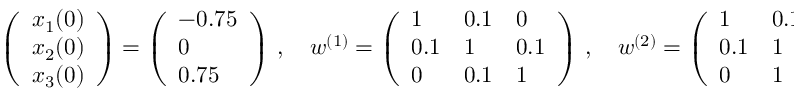
\left( \begin{array} { l } { x _ { 1 } ( 0 ) } \\ { x _ { 2 } ( 0 ) } \\ { x _ { 3 } ( 0 ) } \end{array} \right) = \left( \begin{array} { l } { - 0 . 7 5 } \\ { 0 } \\ { 0 . 7 5 } \end{array} \right) \, , \quad w ^ { ( 1 ) } = \left( \begin{array} { l l l } { 1 } & { 0 . 1 } & { 0 } \\ { 0 . 1 } & { 1 } & { 0 . 1 } \\ { 0 } & { 0 . 1 } & { 1 } \end{array} \right) \, , \quad w ^ { ( 2 ) } = \left( \begin{array} { l l l } { 1 } & { 0 . 1 } & { 0 } \\ { 0 . 1 } & { 1 } & { 1 } \\ { 0 } & { 1 } & { 1 } \end{array} \right) \, .